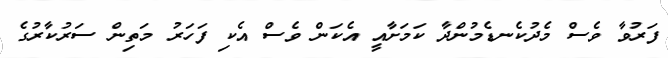
ފަރުވާ ވެސް މެދުކެނޑެމުންދާ ކަމަށާއީ އެކަން ވެސް އެކި ފަހަރު މަތިން ސަރުކާރުގެ